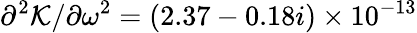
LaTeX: {\partial^{2}\mathcal{K}}/{\partial\omega^{2}}=(2.37-0.18i)\times 10^{-13}